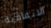
الاتفاقية